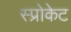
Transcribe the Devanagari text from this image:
स्प्रोकेट